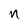
Character: n